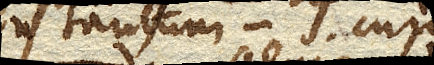
Non tantum cum